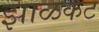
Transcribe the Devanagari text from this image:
झाळकट